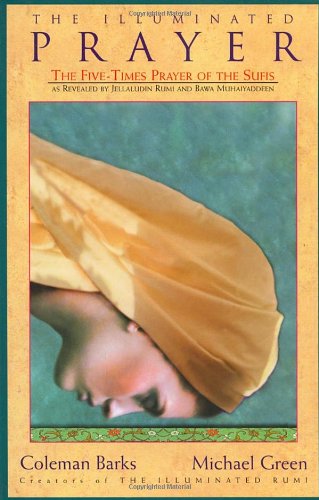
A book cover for The Illuminated Prayer: The Five-Times Prayer of the Sufis; Coleman Barks; Religion & Spirituality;